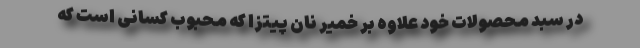
در سبد محصولات خود علاوه بر خمیر نان پیتزا که محبوب کسانی است که